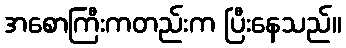
အစောကြီးကတည်းက ပြီးနေသည်။